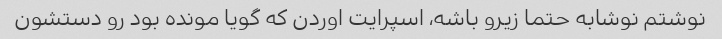
نوشتم نوشابه حتما زیرو باشه، اسپرایت اوردن که گویا مونده بود رو دستشون